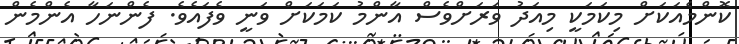
ކޮންމެއަކަށް މިކަމަކީ މިއަދު ވަރަށްވެސް އާންމު ކަމަކަށް ވަނީ ވެފައެވެ. ފެންނަހާ އެންމެން